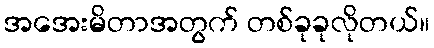
အအေးမိတာအတွက် တစ်ခုခုလိုတယ်။